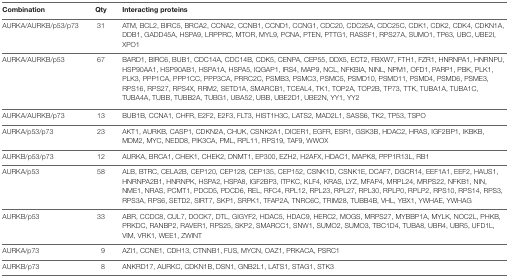
<table><thead><tr><td><b>Combination</b></td><td><b>Qty</b></td><td><b>Interacting proteins</b></td></tr></thead><tbody><tr><td>AURKA/AURKB/p53/p73</td><td>31</td><td>ATM, BCL2, BIRC5, BRCA2, CCNA2, CCNB1, CCND1, CCNG1, CDC20, CDC25A, CDC25C, CDK1, CDK2, CDK4, CDKN1A, DDB1, GADD45A, HSPA9, LRPPRC, MTOR, MYL9, PCNA, PTEN, PTTG1, RASSF1, RPS27A, SUMO1, TP63, UBC, UBE2I, XPO1</td></tr><tr><td>AURKA/AURKB/p53</td><td>67</td><td>BARD1, BIRC6, BUB1, CDC14A, CDC14B, CDK5, CENPA, CEP55, DDX5, ECT2, FBXW7, FTH1, FZR1, HNRNPA1, HNRNPU, HSP90AA1, HSP90AB1, HSPA1A, HSPA5, IQGAP1, IRS4, MAP9, NCL, NFKBIA, NINL, NPM1, OFD1, PARP1, PBK, PLK1, PLK3, PPP1CA, PPP1CC, PPP3CA, PRRC2C, PSMB3, PSMC3, PSMC5, PSMD10, PSMD11, PSMD4, PSMD6, PSME3, RPS16, RPS27, RPS4X, RRM2, SETD1A, SMARCB1, TCEAL4, TK1, TOP2A, TOP2B, TP73, TTK, TUBA1A, TUBA1C, TUBA4A, TUBB, TUBB2A, TUBG1, UBA52, UBB, UBE2D1, UBE2N, YY1, YY2</td></tr><tr><td>AURKA/AURKB/p73</td><td>13</td><td>BUB1B, CCNA1, CHFR, E2F2, E2F3, FLT3, HIST1H3C, LATS2, MAD2L1, SASS6, TK2, TP53, TSPO</td></tr><tr><td>AURKA/p53/p73</td><td>23</td><td>AKT1, AURKB, CASP1, CDKN2A, CHUK, CSNK2A1, DICER1, EGFR, ESR1, GSK3B, HDAC2, HRAS, IGF2BP1, IKBKB, MDM2, MYC, NEDD8, PIK3CA, PML, RPL11, RPS19, TAF9, WWOX</td></tr><tr><td>AURKB/p53/p73</td><td>12</td><td>AURKA, BRCA1, CHEK1, CHEK2, DNMT1, EP300, EZH2, H2AFX, HDAC1, MAPK8, PPP1R13L, RB1</td></tr><tr><td>AURKA/p53</td><td>58</td><td>ALB, BTRC, CELA2B, CEP120, CEP128, CEP135, CEP152, CSNK1D, CSNK1E, DCAF7, DGCR14, EEF1A1, EEF2, HAUS1, HNRNPA2B1, HNRNPK, HSPA2, HSPA8, IGF2BP3, ITPKC, KLF4, KRAS, LYZ, MFAP4, MRPL24, MRPS22, NFKB1, NIN, NME1, NRAS, PCMT1, PDCD5, PDCD6, REL, RFC4, RPL12, RPL23, RPL27, RPL30, RPLP0, RPLP2, RPS10, RPS14, RPS3, RPS3A, RPS6, SETD2, SIRT7, SKP1, SRPK1, TFAP2A, TNRC6C, TRIM28, TUBB4B, VHL, YBX1, YWHAE, YWHAG</td></tr><tr><td>AURKB/p53</td><td>33</td><td>ABR, CCDC8, CUL7, DOCK7, DTL, GIGYF2, HDAC5, HDAC9, HERC2, MOGS, MRPS27, MYBBP1A, MYLK, NOC2L, PHKB, PRKDC, RANBP2, RAVER1, RPS25, SKP2, SMARCC1, SNW1, SUMO2, SUMO3, TBC1D4, TUBA8, UBR4, UBR5, UFD1L, VIM, VRK1, WEE1, ZWINT</td></tr><tr><td>AURKA/p73</td><td>9</td><td>AZI1, CCNE1, CDH13, CTNNB1, FUS, MYCN, OAZ1, PRKACA, PSRC1</td></tr><tr><td>AURKB/p73</td><td>8</td><td>ANKRD17, AURKC, CDKN1B, DSN1, GNB2L1, LATS1, STAG1, STK3</td></tr></tbody></table>